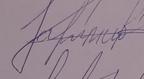
Signature authenticity: forged